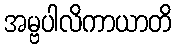
အမ္ဗပါလိကာယာတိ